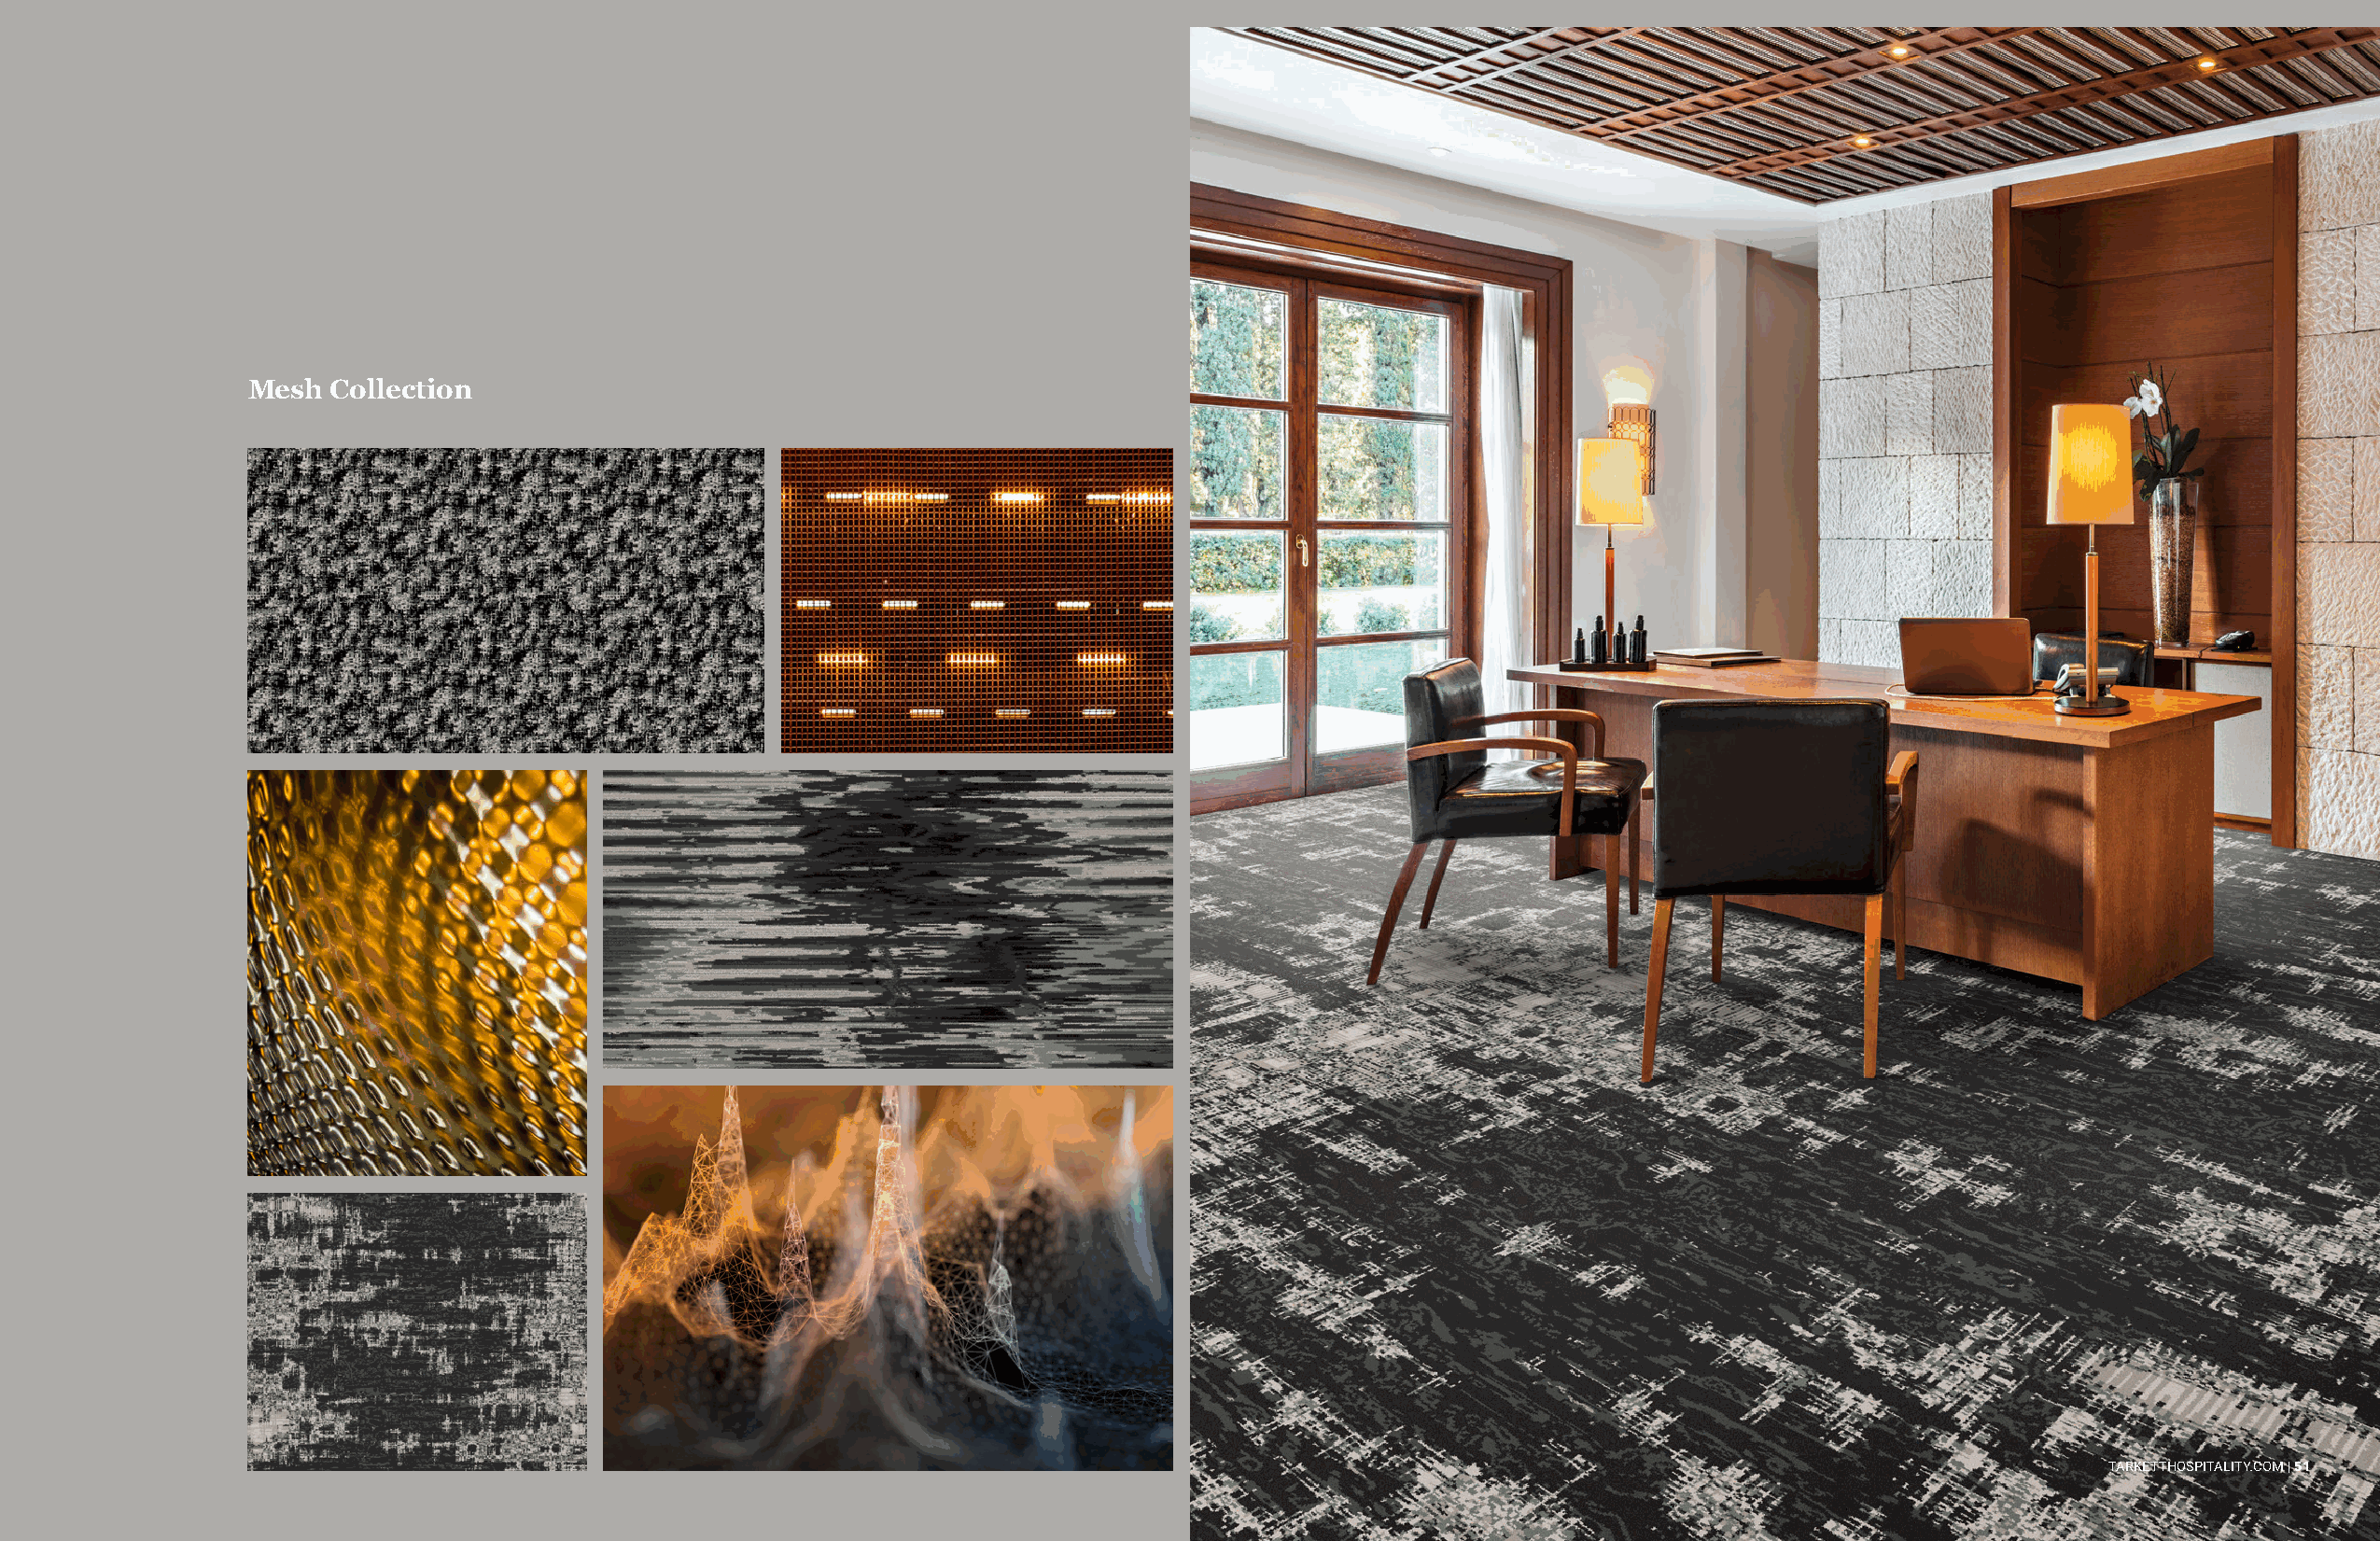
Broadloom | Public Space                                                             Broadloom | Public Space
 Mesh Collection
 TARKETTHOSPITALITY.COM | 50                                                          TARKETTHOSPITALITY.COM | 51